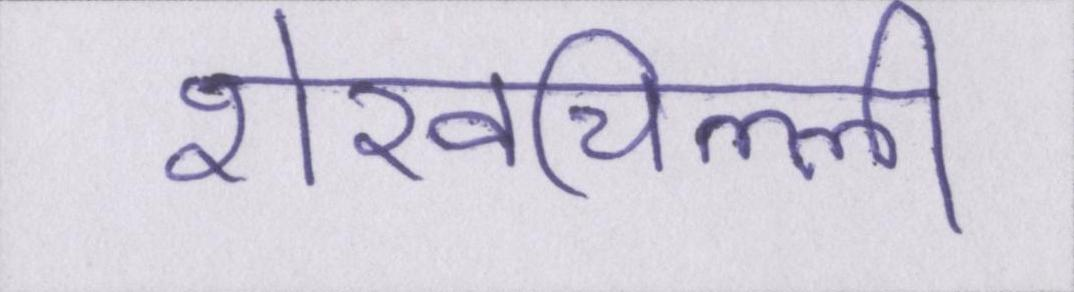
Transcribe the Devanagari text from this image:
शेखचिल्ली